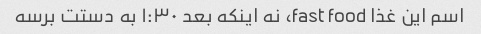
اسم این غذا fast food، نه اینکه بعد ۱:۳۰ به دستت برسه